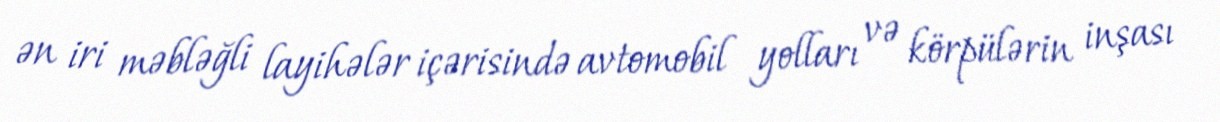
ən iri məbləğli layihələr içərisində avtomobil yolları və körpülərin inşası